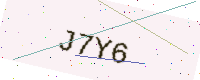
Text: J7Y6